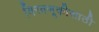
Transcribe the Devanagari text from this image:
मिरवणूकीसाठी